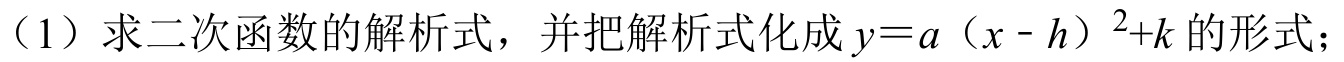
（1）求二次函数的解析式，并把解析式化成\(y = a(x - h)^{2}+k\)的形式；